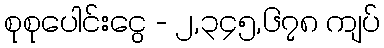
စုစုပေါင်းငွေ - ၂,၃၄၅,၆၇၈ ကျပ်